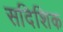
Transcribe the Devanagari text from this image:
सदिशिक